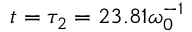
t = \tau _ { 2 } = 2 3 . 8 1 \omega _ { 0 } ^ { - 1 }